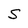
Character: S